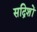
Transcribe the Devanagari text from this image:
सद्रिशों